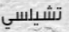
تشيلسي